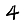
Digit: 4